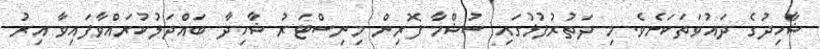
ޝާހިދުގެ ދައުވަތަކަށެވެ. މި ދަތުރުފުޅުގައި ސުޝްމާ ފޮރިން މިނިސްޓަރު ޝާހިދާ ބައްދަލުކުރައްވާފައިވާ އިރު